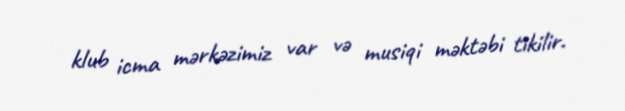
klub icma mərkəzimiz var və musiqi məktəbi tikilir.